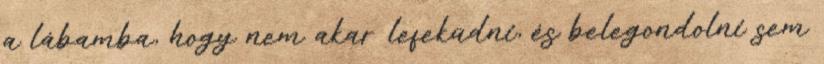
a lábamba, hogy nem akar lefeküdni, és belegondolni sem